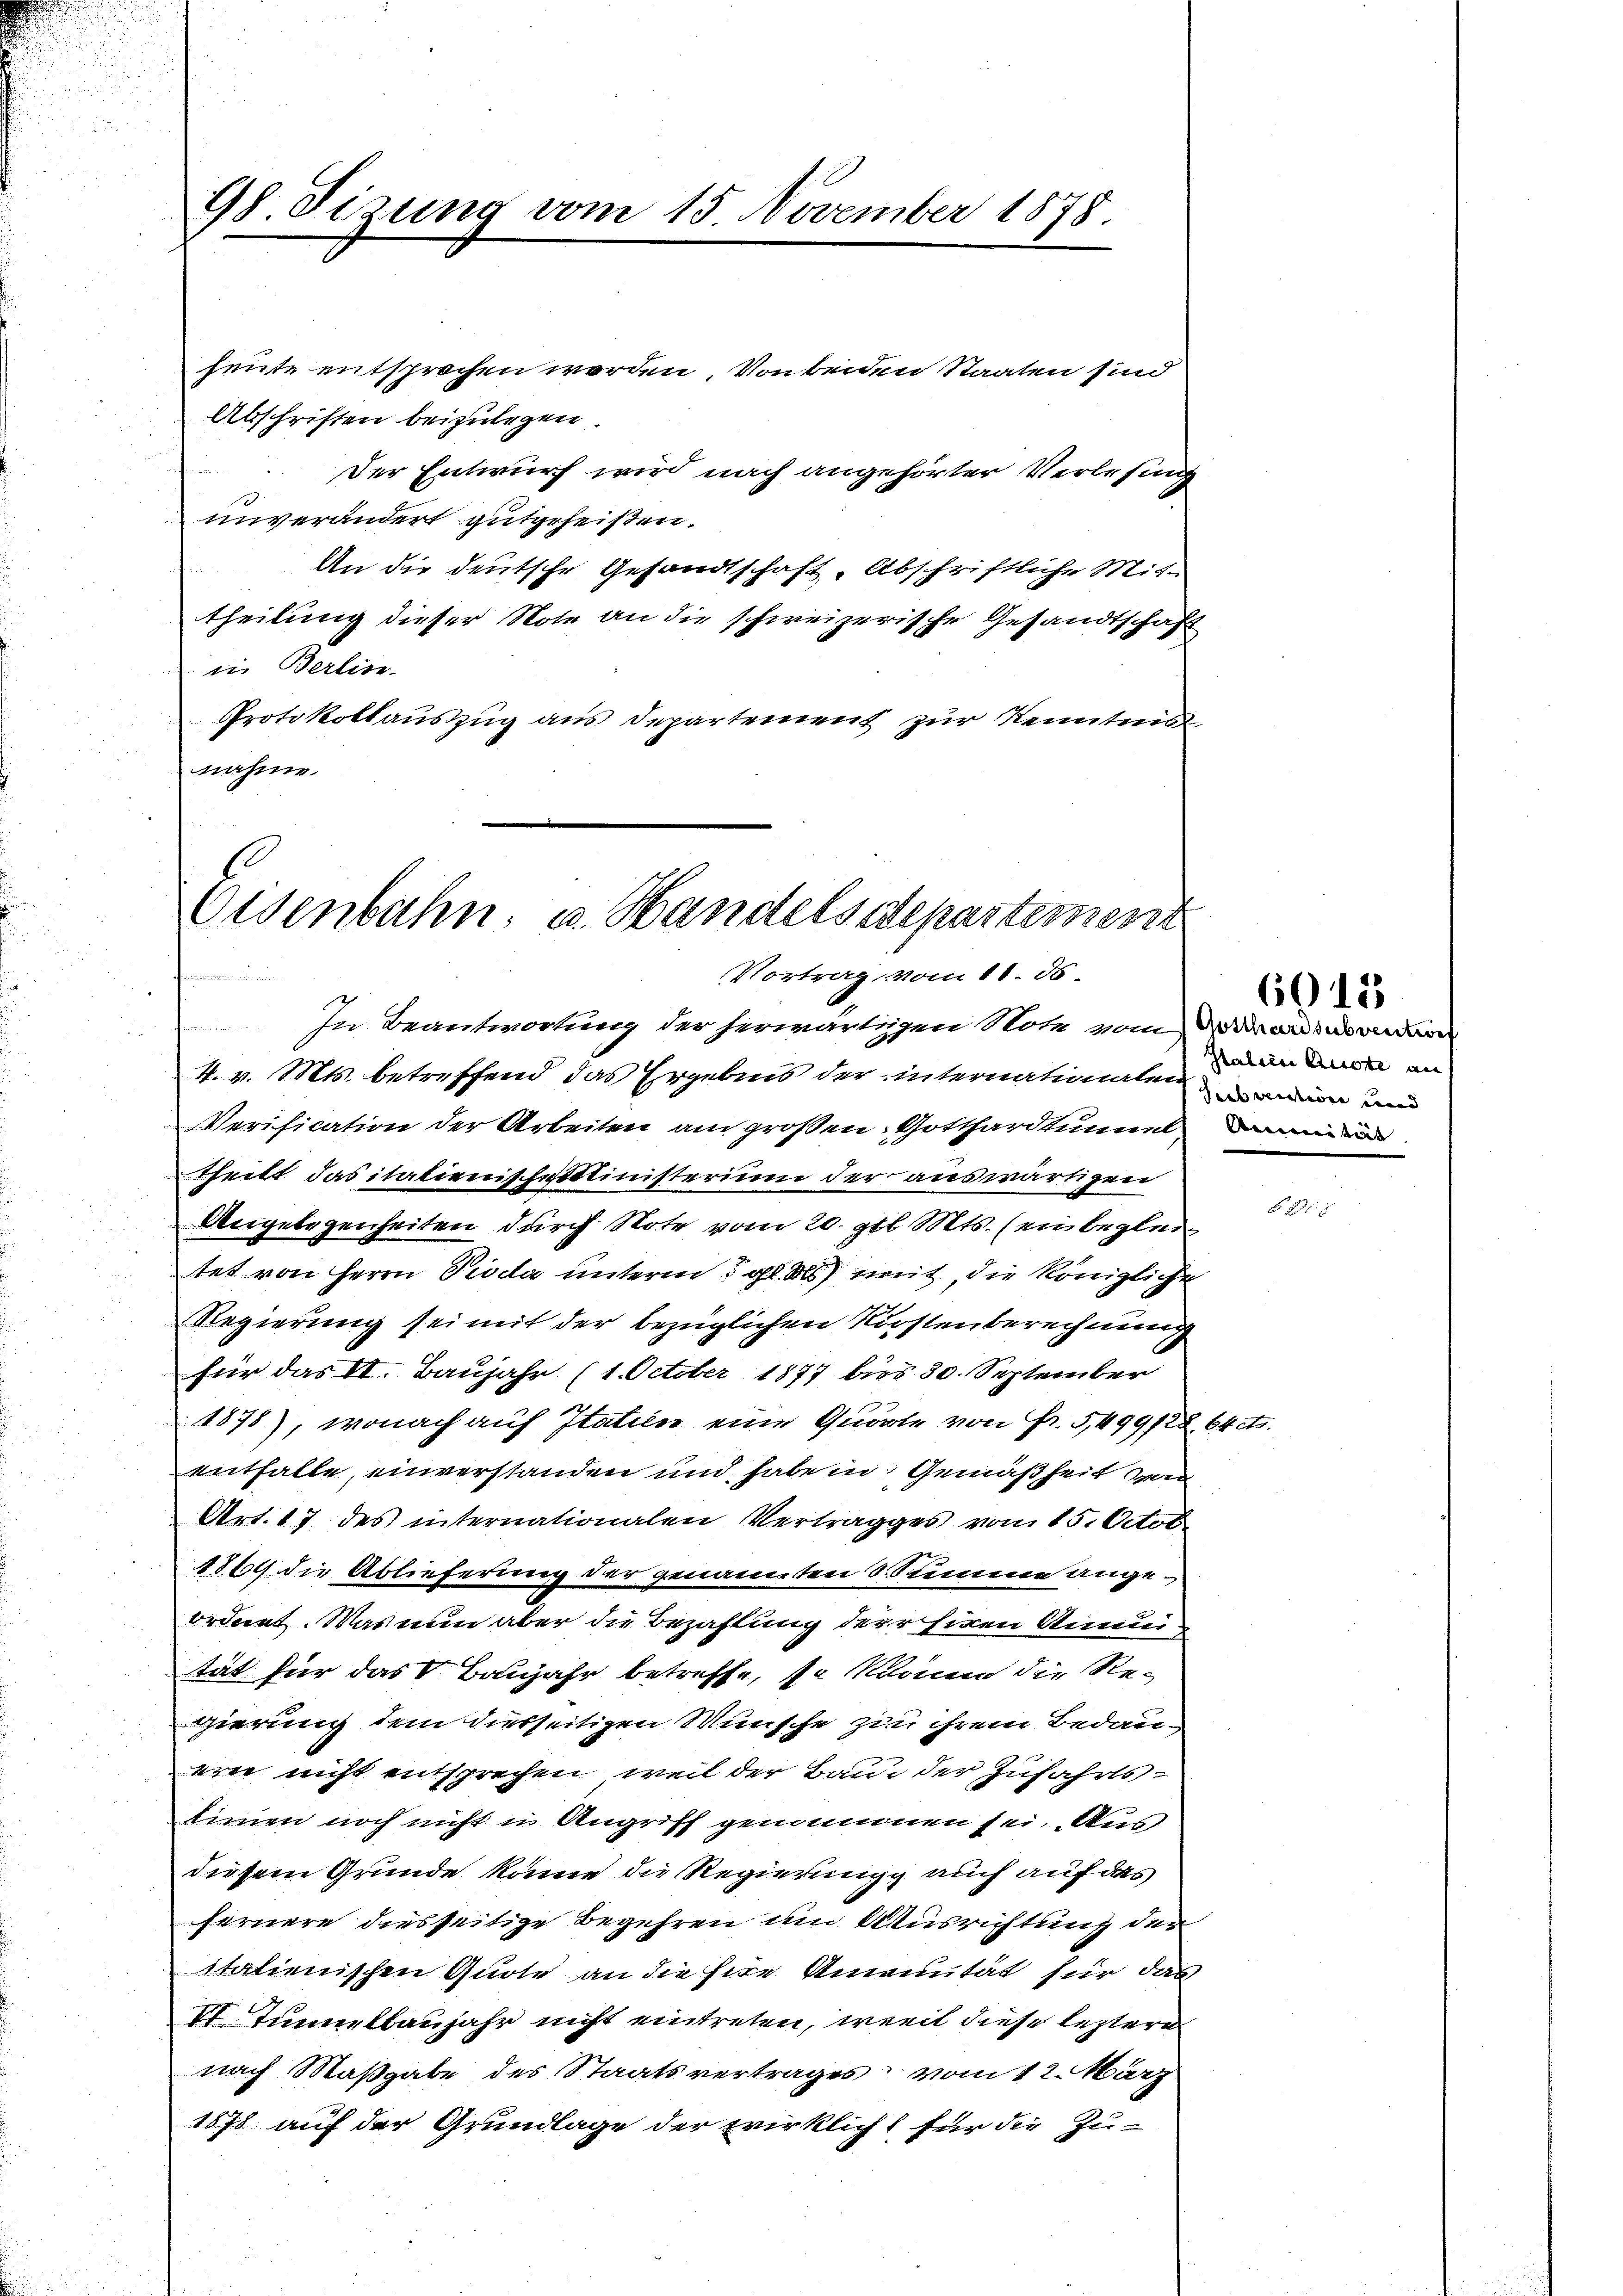
98 Tirung vom 15. November 1878

heute entsprochen worden. Von beiden Staaten sind
Abschriften beizulegen.
Der Entwurf wird nach angehörter Verlesung
unverändert gutgeheißen.
An die deutsche Gesandtschaft, Abschriftliche Mittheilung dieser Note an die schweizerische Gesandtschaft
in Berlin
Protokollauszug aus Departement zur Kenntnis
nahme

Eisenbahn, u. Handelsdepartement
Vortrag vom 11. ds.

In Beantwortung der herwärtigen Note vom Wardsubven
4. v. Mts. betreffend das Ergebnis der internationalen man un
Verification der Arbeiten am großen Gotthardtunnelin
theilt das italienischrittinisterium der auswärtigen
Angelegenheiten durch Note vom 20. gl. Mts. (ein beglei
tet von Herrn Pioda unterm 5. gl. Als mit, die königliche
Regierung sei mit der bezüglichen Küstenberechnung
für das VI. Baujahr (1. October 1877 bis 30. September
1878), wonach auf Italien eine Quarte von Fr. 5499/22. 64 cts.
entfalle, einverstanden und habe in Gemäßheit v
Art. 17 des internationalen Vertragges vom 15. Octobe
1869 die Ablieferung der genannten S. Stimme angeordnet. Was nun aber die Bezahlung der sien Kintät für das Banjahr betreffe, so kann die Regierung dem diesseitigen Wünsche zu ihrem Bedau-
ern nicht entsprechen, weil der Bau der Zufahrtslinien noch nicht in Angriff genommen sei. Aus
diesem Grunde könne die Regierungg auch auf das
fernere diesseitige Begehren um Ausrichtung der
itationischen Quote an die Herr Amaunität für das
Et Tunnelbaujahr nicht eintreten, weit diese lezteres
nach Maßgabe des Staatsvertrages vom 12. März
1878 auf der Grundlage der wirklicht für die Zu-

Italien Ruste an

6011